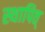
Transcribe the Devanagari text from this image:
स्थापित्